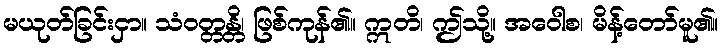
မယုတ်ခြင်းငှာ။ သံဝတ္တန္တိ၊ ဖြစ်ကုန်၏။ ဣတိ၊ ဤသို့။ အဝေါစ၊ မိန့်တော်မူ၏။